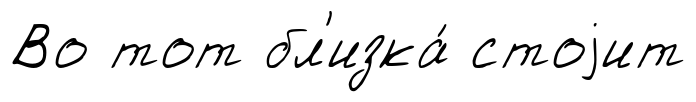
Во тот бл'изка́ стоjит